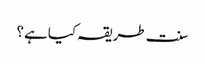
سنت طریقہ کیاہے ؟